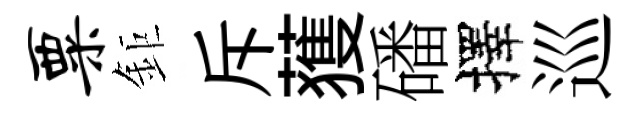
粟鉅斥𫉬磻擇巡